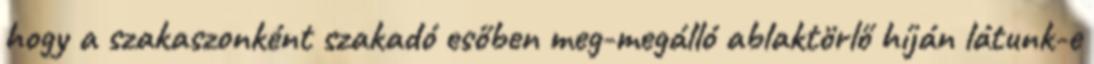
hogy a szakaszonként szakadó esőben meg-megálló ablaktörlő híján látunk-e